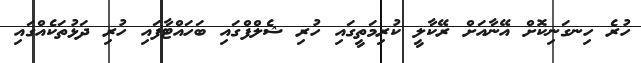
ހުރެ ހިނގަނިކޮށް އޭނާއަށް ރޭކާލީ ކުރިމަތީގައި ހުރި ޝެލްފްގައި ބަހައްޓާފައި ހުރި ދަޅުތަކެއްގައި